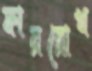
ফাররোখ